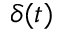
\delta ( t )